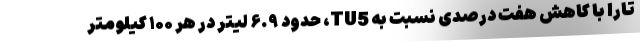
تارا با کاهش هفت درصدی نسبت به TU5، حدود ۶.۹ لیتر در هر ۱۰۰ کیلومتر